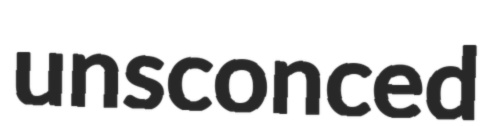
unsconced